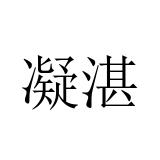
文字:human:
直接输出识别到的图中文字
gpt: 凝湛